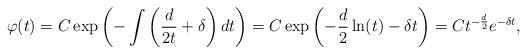
LaTeX: \begin{align*} \varphi(t) = C\exp\left(-\int\left(\frac{d}{2t}+\delta\right)dt\right) = C\exp\left(-\frac{d}{2}\ln(t)-\delta t\right) = C t^{-\frac{d}{2}}e^{-\delta t}, \end{align*}